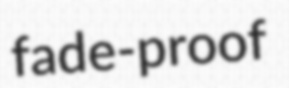
fade-proof